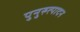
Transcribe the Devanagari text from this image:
पुनुरुत्पादन